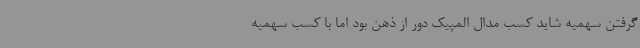
گرفتن سهمیه شاید کسب مدال المپیک دور از ذهن بود اما با کسب سهمیه